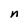
Character: n